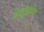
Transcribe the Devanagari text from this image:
बेज़ुखोव